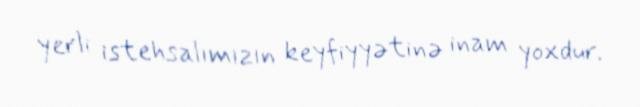
yerli istehsalımızın keyfiyyətinə inam yoxdur.